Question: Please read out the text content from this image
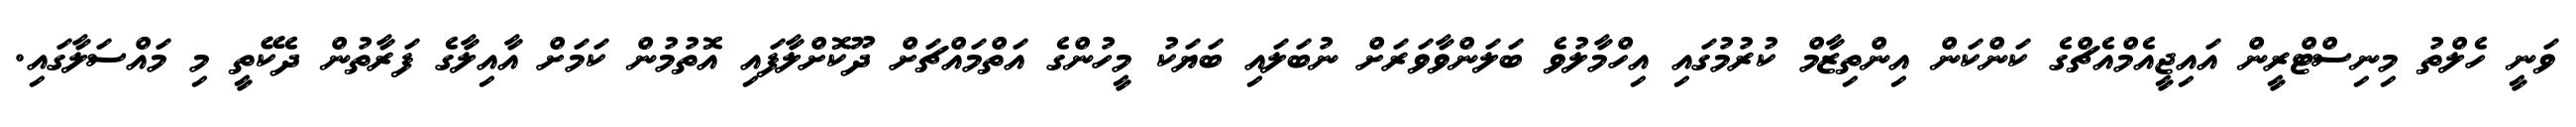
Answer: ވަނީ ހެލްތު މިނިސްޓްރީން އައިޖީއެމްއެޗްގެ ކަންކަން އިންތިޒާމް ކުރުމުގައި އިހްމާލުވެ ބަލަންވާވަރަށް ނުބަލައި ބަޔަކު މީހުންގެ އަތްމައްޗަށް ދޫކޮށްލާފައި އޮތުމުން ކަމަށް އާއިލާގެ ފަރާތުން ދެކޭތީ މި މައްސަލާގައި.